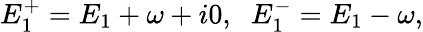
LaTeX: E_{1}^{+}={E}_{1}+\omega+i0,\; \; E_{1}^{-}={E}_{1}-\omega,